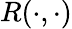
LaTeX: R(\cdot,\cdot)